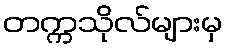
တက္ကသိုလ်များမှ